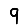
Digit: 9